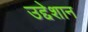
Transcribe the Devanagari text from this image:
उद्देशान